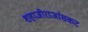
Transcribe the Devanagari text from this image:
शहाजीराजांसकट